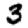
Digit: 3